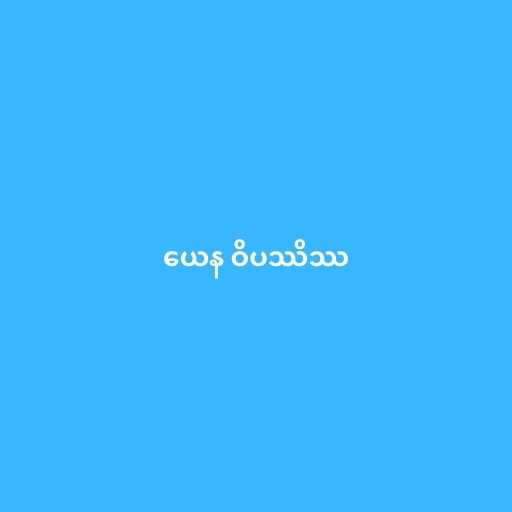
ယေန ဝိပဿိဿ